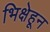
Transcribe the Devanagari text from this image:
भिक्षेहून